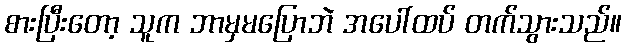
စားပြီးတော့ သူက ဘာမှမပြောဘဲ အပေါ်ထပ် တက်သွားသည်။